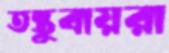
তন্তুবায়রা